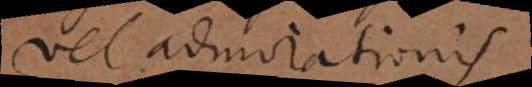
vel admirationis